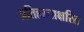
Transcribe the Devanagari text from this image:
प्रतिहस्ताक्षरित